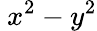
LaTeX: \ x^{2}-y^{2}